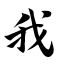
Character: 我